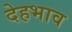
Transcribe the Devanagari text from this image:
देहभाव